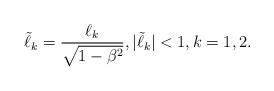
LaTeX: \begin{align*}\tilde \ell_k = \frac {\ell_k}{\sqrt{1-\beta^2}},|\tilde \ell_k|<1, k=1,2.\end{align*}